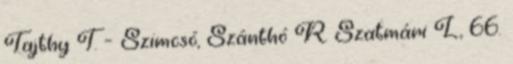
Tajthy T. – Szimcsó, Szánthó R. Szatmári L., 66.